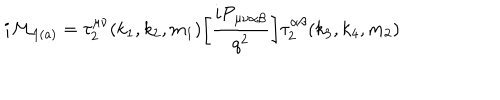
LaTeX: { i \cal M } _ { \mathrm { 1 ( a ) } } = \tau _ { 2 } ^ { \mu \nu } ( k _ { 1 } , k _ { 2 } , m _ { 1 } ) \bigg [ \frac { i { \cal P } _ { \mu \nu \alpha \beta } } { q ^ { 2 } } \bigg ] \tau _ { 2 } ^ { \alpha \beta } ( k _ { 3 } , k _ { 4 } , m _ { 2 } )